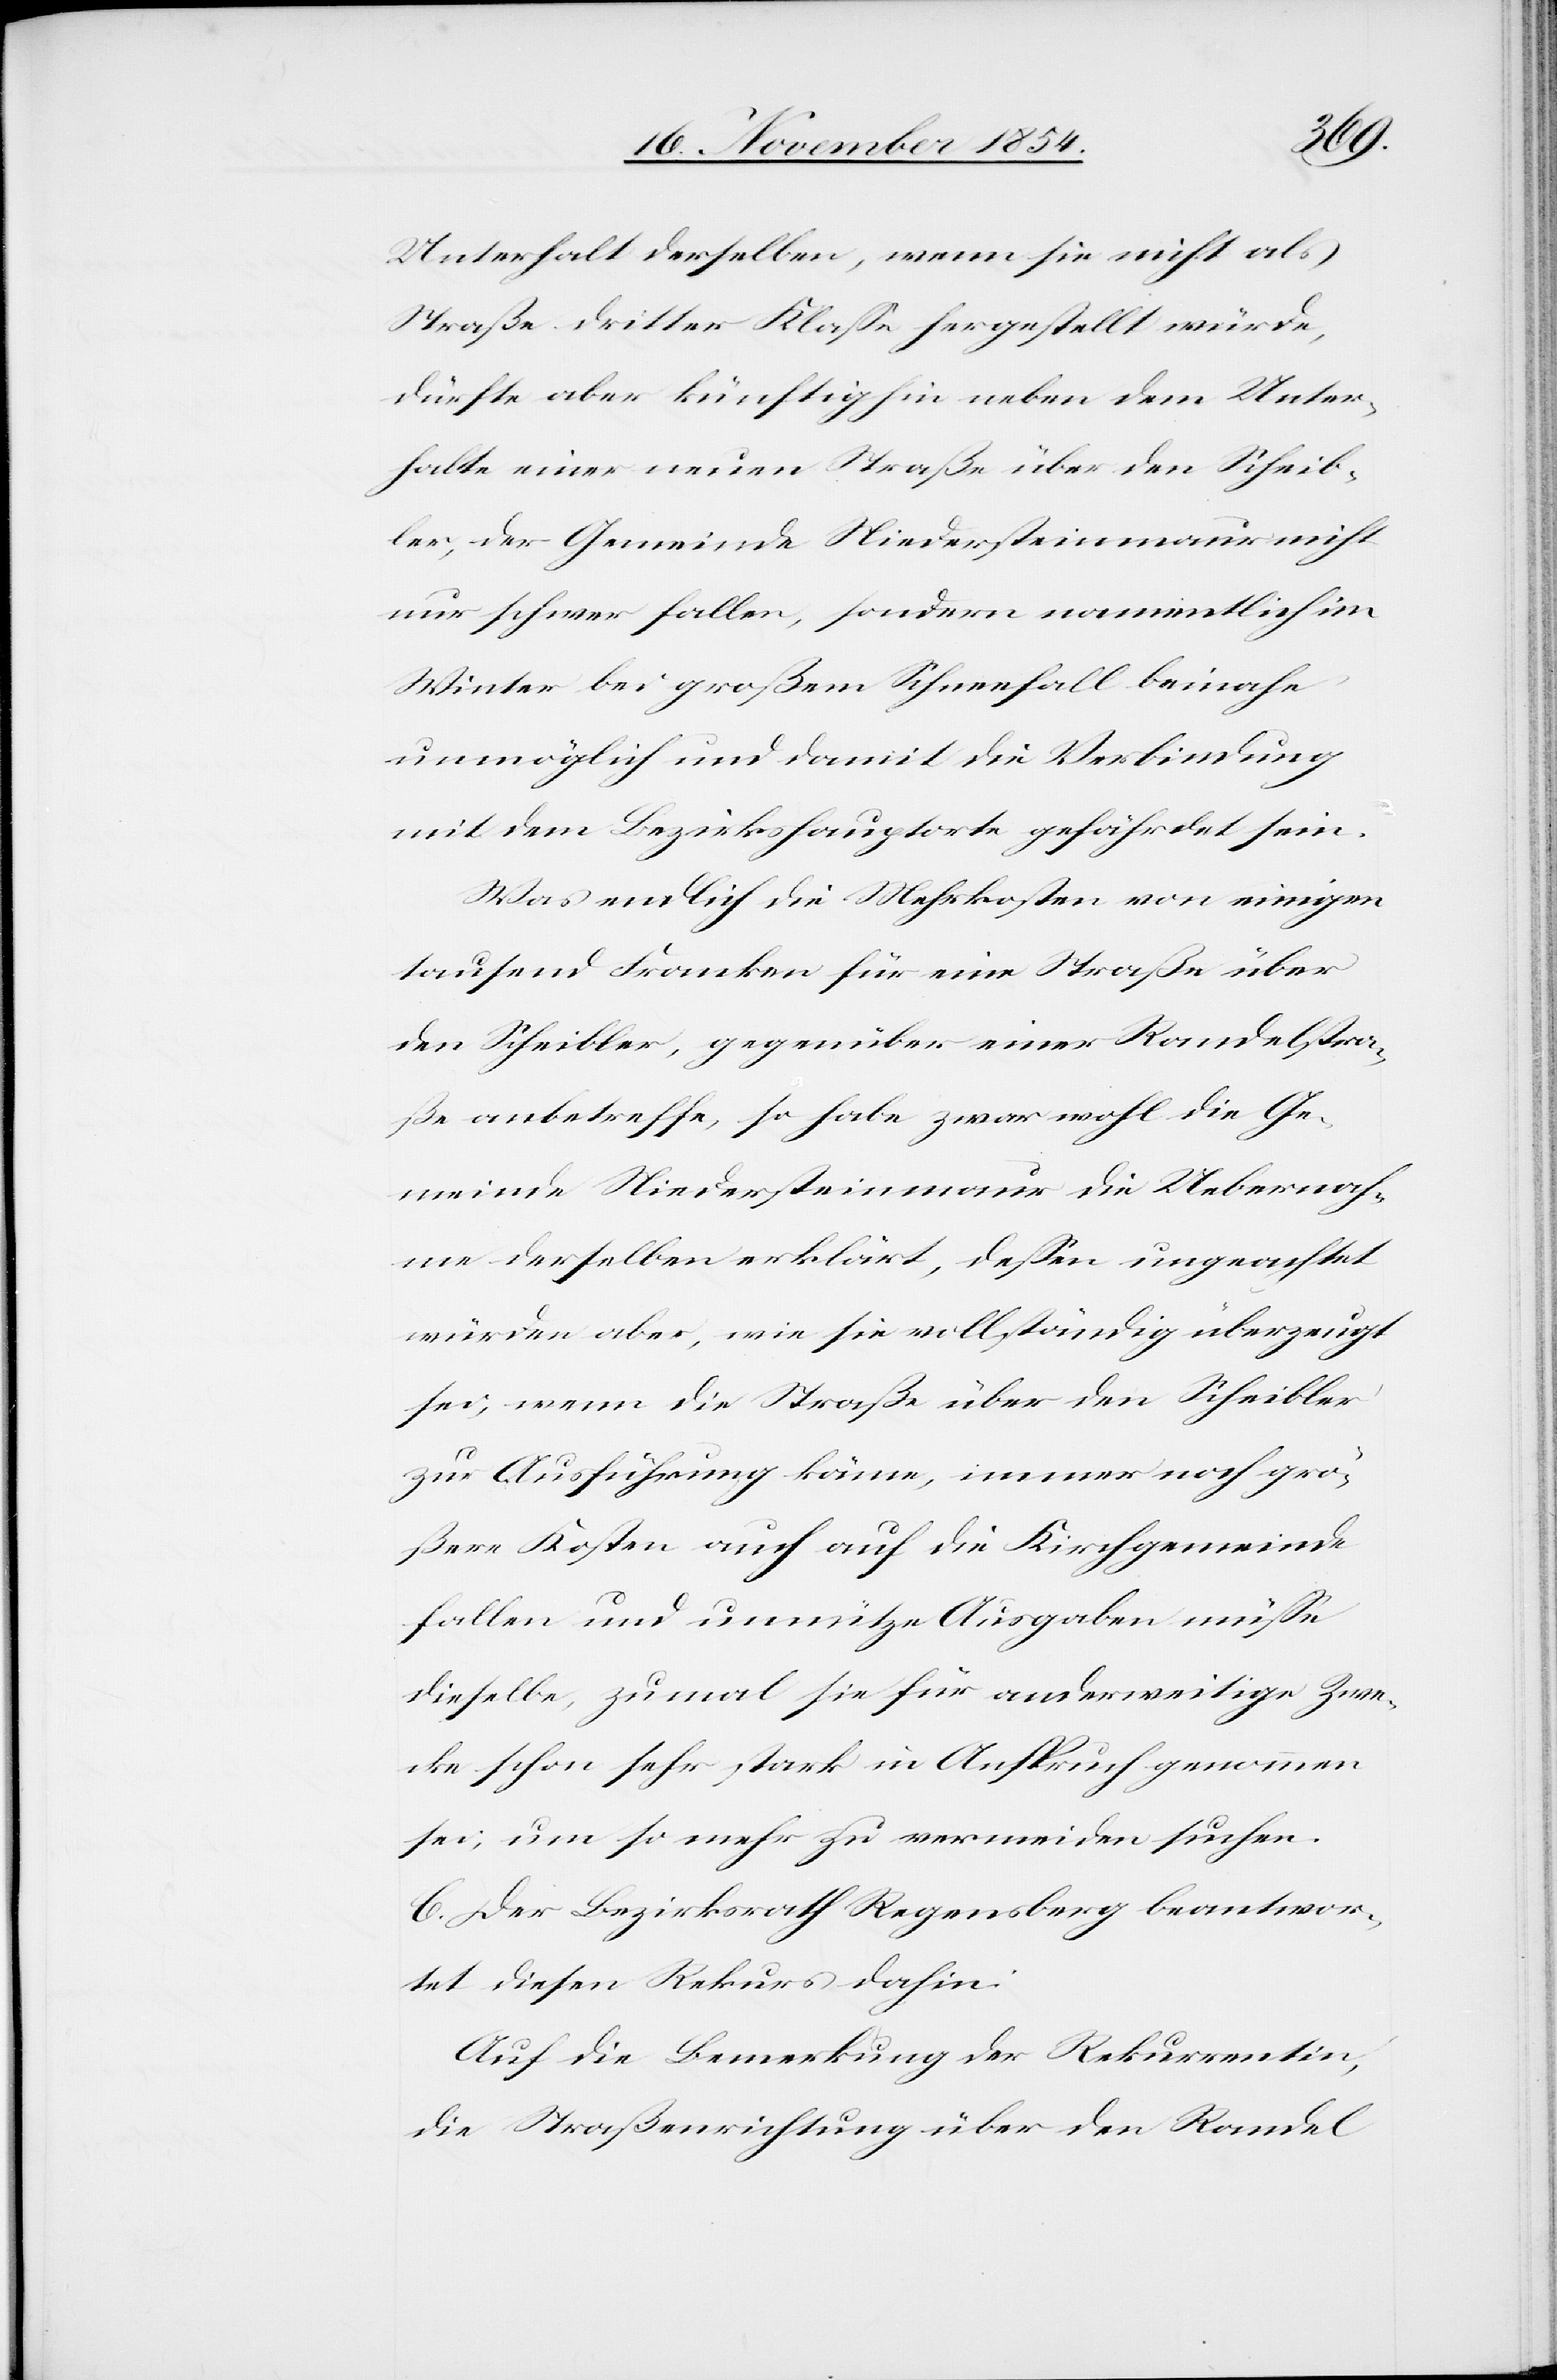
Unterhalt derselben, wenn sie nicht als
Straße dritter Klaße hergestellt würde,
dürfte aber künftighin neben dem Unter¬
halte einer neuen Straße über den Scheib¬
ler, der Gemeinde Niedersteinmaur nicht
nur schwer fallen, sondern namentlich im
Winter bei großem Schneefall beinahe
unmöglich und damit die Verbindung
mit dem Bezirkshauptorte gefährdet sein.
Was endlich die Mehrkosten von einigen
tausend Franken für eine Straße über
den Scheibler, gegenüber einer Randelstra¬
ße anbetreffe, so habe zwar wohl die Ge¬
meinde Niedersteinmaur die Uebernah¬
me derselben erklärt, deßen ungeachtet
würden aber, wie sie vollständig überzeugt
sei, wenn die Straße über den Scheibler
zur Ausführung käme, immer noch grö¬
ßere Kosten auch auf die Kirchgemeinde
fallen und unnütze Ausgaben müße
dieselbe, zumal sie für anderweitige Zwe¬
cke schon sehr stark in Anspruch genommen
sei, um so mehr zu vermeiden suchen.
C. Der Bezirksrath Regensberg beantwor¬
tet diesen Rekurs dahin:
Auf die Bemerkung der Rekurrentin,
die Straßenrichtung über den Randel